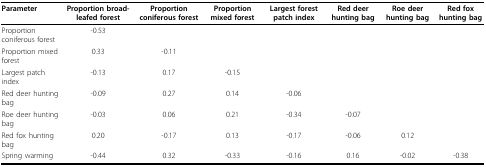
| Parameter | Proportion broad-leafed forest | Proportion coniferous forest | Proportion mixed forest | Largest forest patch index | Red deer hunting bag | Roe deer hunting bag | Red fox hunting bag |
 | --- | --- | --- | --- | --- | --- | --- | --- |
 | Proportion coniferous forest | -0.53 |  |  |  |  |  |  |
 | Proportion mixed forest | 0.33 | -0.11 |  |  |  |  |  |
 | Largest patch index | -0.13 | 0.17 | -0.15 |  |  |  |  |
 | Red deer hunting bag | -0.09 | 0.27 | 0.14 | -0.06 |  |  |  |
 | Roe deer hunting bag | -0.03 | 0.06 | 0.21 | -0.34 | -0.07 |  |  |
 | Red fox hunting bag | 0.20 | -0.17 | 0.13 | -0.17 | -0.06 | 0.12 |  |
 | Spring warming | -0.44 | 0.32 | -0.33 | -0.16 | 0.16 | -0.02 | -0.38 |